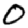
Digit: 0